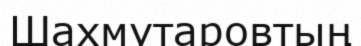
Шахмутаровтың